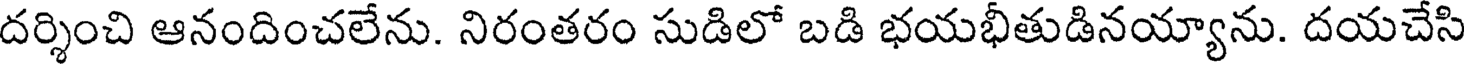
దర్శించి ఆనందించలేను. నిరంతరం సుడిలో బడి భయభీతుడినయ్యాను. దయచేసి